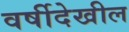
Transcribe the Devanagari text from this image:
वर्षीदेखील